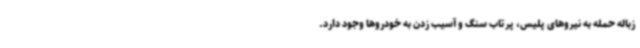
زباله حمله به نیروهای پلیس، پرتاب سنگ و آسیب زدن به خودروها وجود دارد.